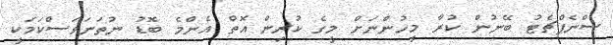
ސްނެޕްޗެޓު ބޭނުން ކުރާ މީހުންނަށް މީގެ ކުރިން އޮތް އެންމެ ބޮޑު ނުތަނަވަސްކަމަކީ